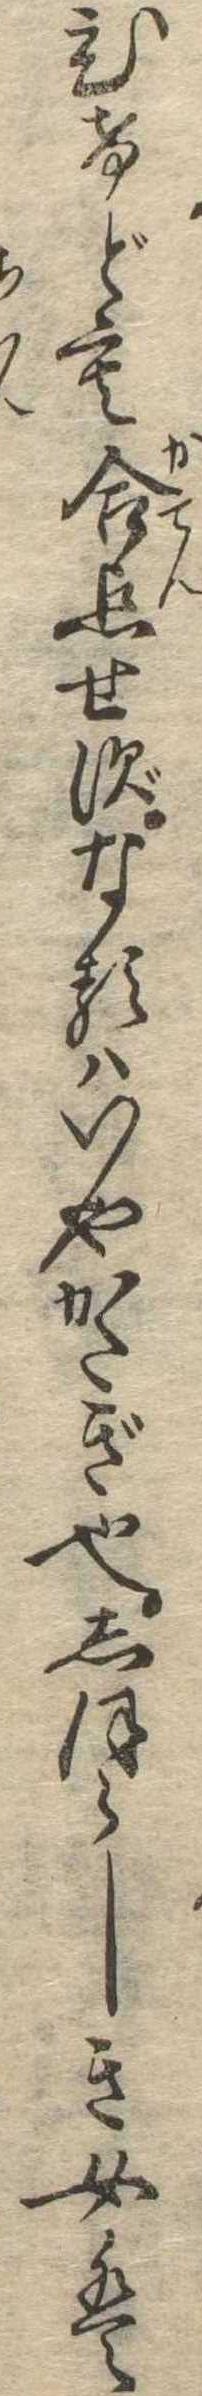
ひけども合点せずなるはいやかたぎ也しほらしき女は